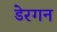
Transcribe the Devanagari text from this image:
डेरगन